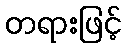
တရားဖြင့်